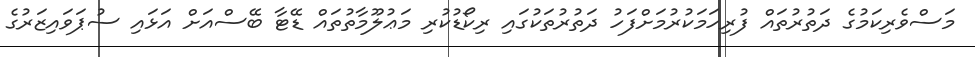
މަސްވެރިކަމުގެ ދަތުރުތައް ފުރިހަމަކުރުމަށްފަހު ދަތުރުތަކުގައި ރިކޯޑުކުރި މަޢުލޫމާތުތައް ޑޭޓާ ބޭސްއަށް އަޅައި ސުޕަވައިޒަރުގެ